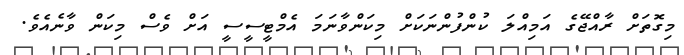
މިގޮތަށް ރާއްޖޭގެ އަމިއްލަ ކުންފުންނަކަށް މިކަންވާނަމަ އެމްޓީސީސީ އަށް ވެސް މިކަން ވާނެއެވެ.